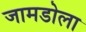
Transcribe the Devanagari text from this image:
जामडोला